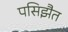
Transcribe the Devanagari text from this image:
पसिझैत